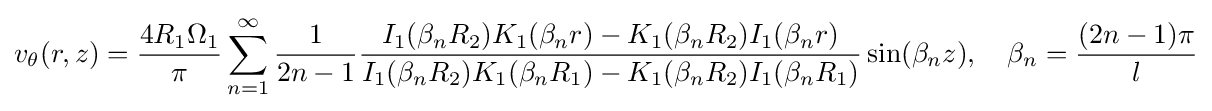
v_{\theta }(r,z)={\frac {4R_{1}\Omega _{1}}{\pi }}\sum _{n=1}^{\infty }{\frac {1}{2n-1}}{\frac {I_{1}(\beta _{n}R_{2})K_{1}(\beta _{n}r)-K_{1}(\beta _{n}R_{2})I_{1}(\beta _{n}r)}{I_{1}(\beta _{n}R_{2})K_{1}(\beta _{n}R_{1})-K_{1}(\beta _{n}R_{2})I_{1}(\beta _{n}R_{1})}}\sin(\beta _{n}z),\quad \beta _{n}={\frac {(2n-1)\pi }{l}}